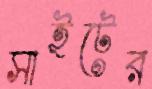
সাইটের